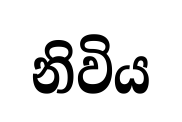
නිවිය